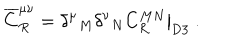
LaTeX: { \overline { { C } } } _ { R } ^ { \mu \nu } = \left. { \delta ^ { \mu } } _ { M } { \delta ^ { \nu } } _ { N } C _ { R } ^ { M N } \right| _ { \mathrm { D 3 } } ~ .